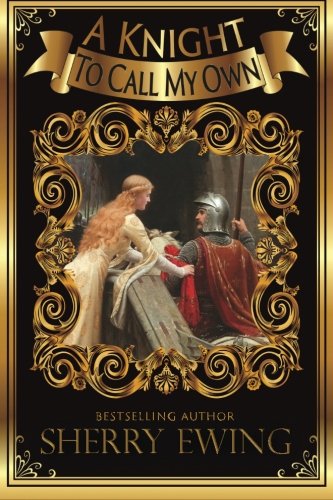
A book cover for A Knight To Call My Own; Sherry Ewing; Romance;